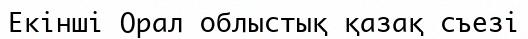
Екінші Орал облыстық қазақ съезі